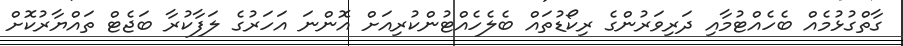
ގާތްގުޅުމެއް ބެހެއްޓުމާއި ދަރިވަރުންގެ ރިކޯޑުތައް ބެލެހެއްޓުންކުރިއަށް އޮންނަ އަހަރުގެ ލަފާކުރާ ބަޖެޓް ތައްޔާރުކޮށް